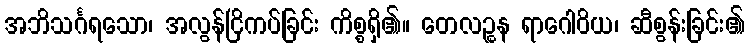
အဘိသင်္ဂရသော၊ အလွန်ငြိကပ်ခြင်း ကိစ္စရှိ၏။ တေလဉ္စန ရာဂေါဝိယ၊ ဆီစွန်းခြင်း၏